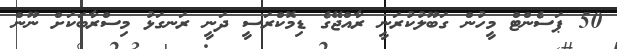
50 ޕަސެންޓް މީހުން ގަބޫލުކުރަނީ ރާއްޖޭގެ ޑިމޮކްރަސީ ދަނީ ރަނގަޅު މިސްރާބަކަށް ނޫން